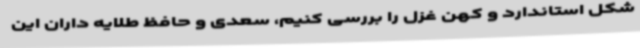
شکل استاندارد و کهن غزل را بررسی کنیم، سعدی و حافظ طلایه داران این